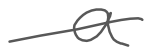
Text: constructed
Cross-out: mix
Writing tool: digital_gray